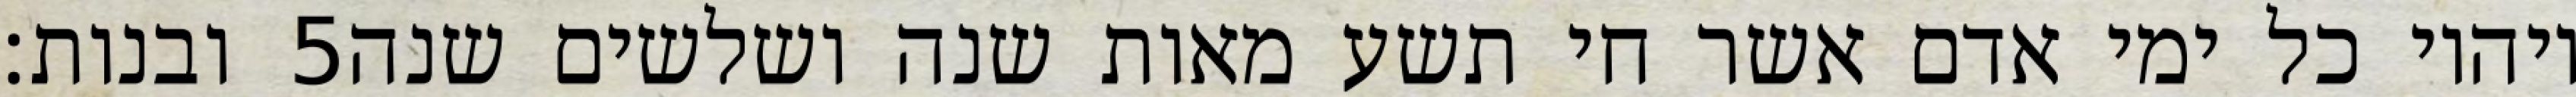
ובנות׃ ‎5‏ ויהיו כל ימי אדם אשר חי תשע מאות שנה ושלשים שנה